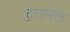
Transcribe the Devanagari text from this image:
ट्राएनेल